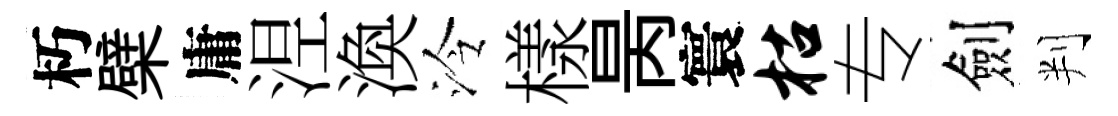
朽檗庸𣵀渙泠樣昺寰枯专劍判